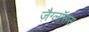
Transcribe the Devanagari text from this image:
ज़ैग्लॉसस